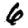
Digit: 6